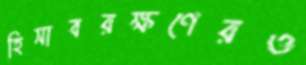
হিসাবরক্ষণেরও